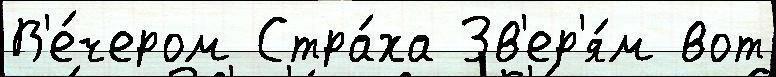
В'е́чером Стра́ха Зв'ер'я́м вот